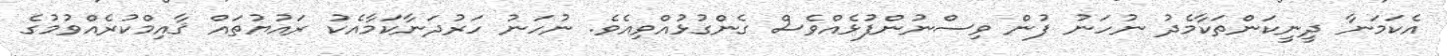
އެކަމަނާ ދީނީކަންތަކާމެދު ނުހަނު ފުން ވިސްނުންފުޅެއްވެސް ގެންގުޅުއްވިއެވެ. ނުހަނު ހަރުދަނާކަމާއެކު ރައުޔުތައް ޤާއިމްކުރެއްވުމުގެ